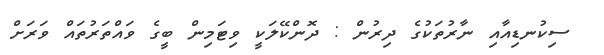
ސިކުނޑިއާއި ނާރުތަކުގެ ދިރުން : ދޮންކޭލަކީ ވިޓަމިން ބީގެ ވައްތަރުތައް ވަރަށް